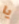
يا